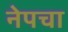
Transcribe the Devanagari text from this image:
नेपचा